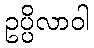
ဥပ္ပိလာဝါ